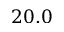
2 0 . 0